Indian journal of veterinary science and animal husbandry - Volume 9,
Year: 1939
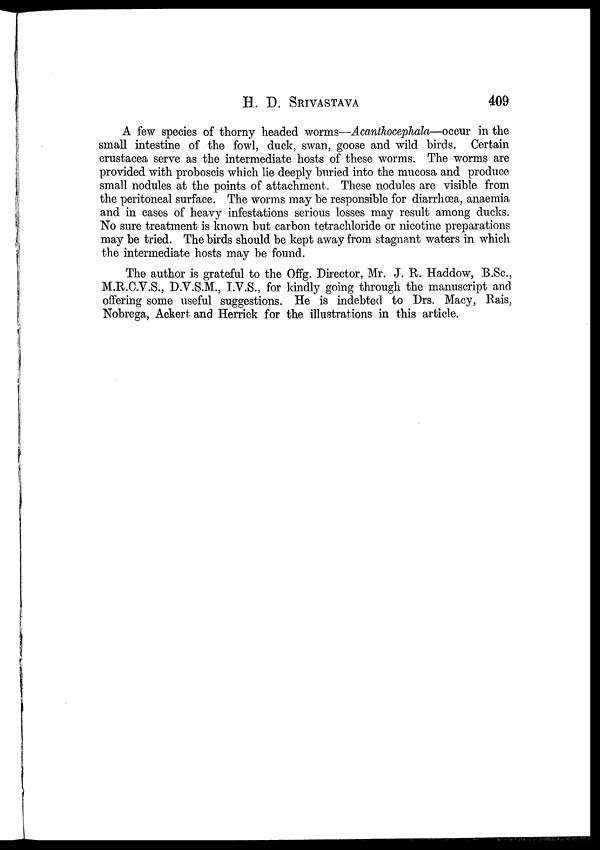
H. D.
SRIVASTAVA
409
A few species of thorny headed worms—Acanthocephala—occur in the
small intestine of the fowl, duck, swan, goose and wild birds. Certain
crustacea serve as the intermediate hosts of these worms. The worms are
provided with proboscis which lie deeply buried into the mucosa and produce
small nodules at the points of attachment. These nodules are visible from
the peritoneal surface. The worms may be responsible for diarrhœa, anaemia
and in cases of heavy infestations serious losses may result among ducks.
No sure treatment is known but carbon tetrachloride or nicotine preparations
may be tried. The birds should be kept away from stagnant waters in which
the intermediate hosts may be found.
The author is grateful to the Offg. Director, Mr. J. R. Haddow, B.Sc.,
M.R.C.V.S., D.V.S.M., I.V.S., for kindly going through the manuscript and
offering some useful suggestions. He is indebted to Drs. Macy, Rais,
Nobrega, Ackert and Herrick for the illustrations in this article.